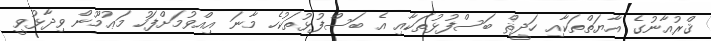
ޤްރުއާނުގެ އާޔަތްތަކާއި ހަދީޘް ބަސްފުޅުތަކާއި އެ ބަސްފުޅުތަކުހެ މާނަ އިއްވުމަށްފަހު މަޢުމޫން ވިދާޅުވީ